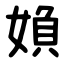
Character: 媍